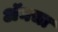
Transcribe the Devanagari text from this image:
अॅनचा